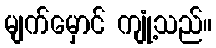
မျက်မှောင် ကျုံ့သည်။